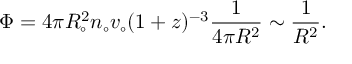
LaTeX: \Phi = 4 \pi R _ { \circ } ^ { 2 } n _ { \circ } v _ { \circ } ( 1 + z ) ^ { - 3 } { \frac { 1 } { 4 \pi R ^ { 2 } } } \sim { \frac { 1 } { R ^ { 2 } } } .